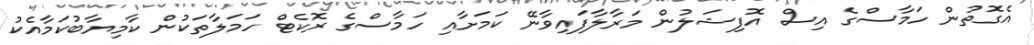
އެގޮތުން ހަމާސްގެ އިސް އޮފިޝަލުން މަރާލާފައިވާނޭ ކަމަށާއި ހަމާސްގެ ރޮކެޓް ހަމަލާތަކުން ކާމިޔާބުކަމާއެކު